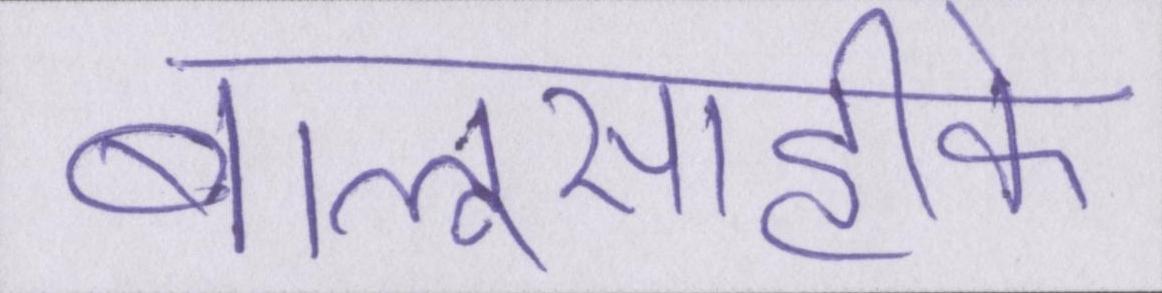
बालूसाहीके